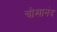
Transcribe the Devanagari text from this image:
चोखानंद